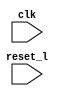
/****************************************************************
 ---------------------------------------------------------------
     Copyright 1999 Sun Microsystems, Inc., 901 San Antonio
     Road, Palo Alto, CA 94303, U.S.A.  All Rights Reserved.
     The contents of this file are subject to the current
     version of the Sun Community Source License, picoJava-II
     Core ("the License").  You may not use this file except
     in compliance with the License.  You may obtain a copy
     of the License by searching for "Sun Community Source
     License" on the World Wide Web at http://www.sun.com.
     See the License for the rights, obligations, and
     limitations governing use of the contents of this file.

     Sun, Sun Microsystems, the Sun logo, and all Sun-based
     trademarks and logos, Java, picoJava, and all Java-based
     trademarks and logos are trademarks or registered trademarks 
     of Sun Microsystems, Inc. in the United States and other
     countries.
 ----------------------------------------------------------------
******************************************************************/



module mj_spare ( reset_l, clk);

input           reset_l;
input           clk;


endmodule